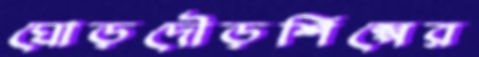
ঘোড়দৌড়শিল্পের